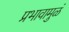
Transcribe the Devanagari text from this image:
प्रभावामुळं